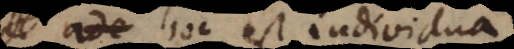
A, hoc est individua